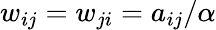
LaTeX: w_{ij}=w_{ji}=a_{ij}/\alpha